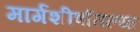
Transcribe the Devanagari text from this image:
मार्गशीर्षातल्या